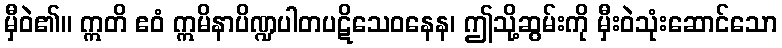
မှီဝဲ၏။ ဣတိ ဧဝံ ဣမိနာပိဏ္ဍပါတပဋိသေဝနေန၊ ဤသို့ဆွမ်းကို မှီးဝဲသုံးဆောင်သော